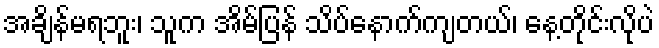
အချိန်မရဘူး၊ သူက အိမ်ပြန် သိပ်နောက်ကျတယ်၊ နေ့တိုင်းလိုပဲ